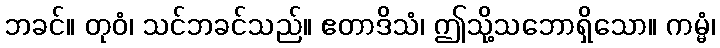
ဘခင်။ တုဝံ၊ သင်ဘခင်သည်။ ဧတာဒိသံ၊ ဤသို့သဘောရှိသော။ ကမ္မံ၊